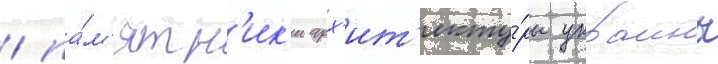
/ па́м'ятн'ик'и арх'ит'екту́ры украины